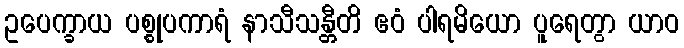
ဥပေက္ခာယ ပစ္စုပကာရံ နာသီသန္တီတိ ဧဝံ ပါရမိယော ပူရေတွာ ယာဝ